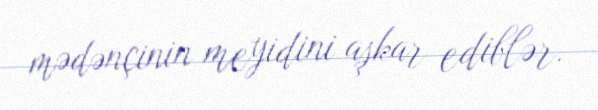
mədənçinin meyidini aşkar ediblər.